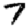
Digit: 7